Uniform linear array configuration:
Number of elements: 64
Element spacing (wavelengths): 0.25
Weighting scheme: hamming
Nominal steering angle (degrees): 60
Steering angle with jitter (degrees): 58.643
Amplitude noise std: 0.05
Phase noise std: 0.05

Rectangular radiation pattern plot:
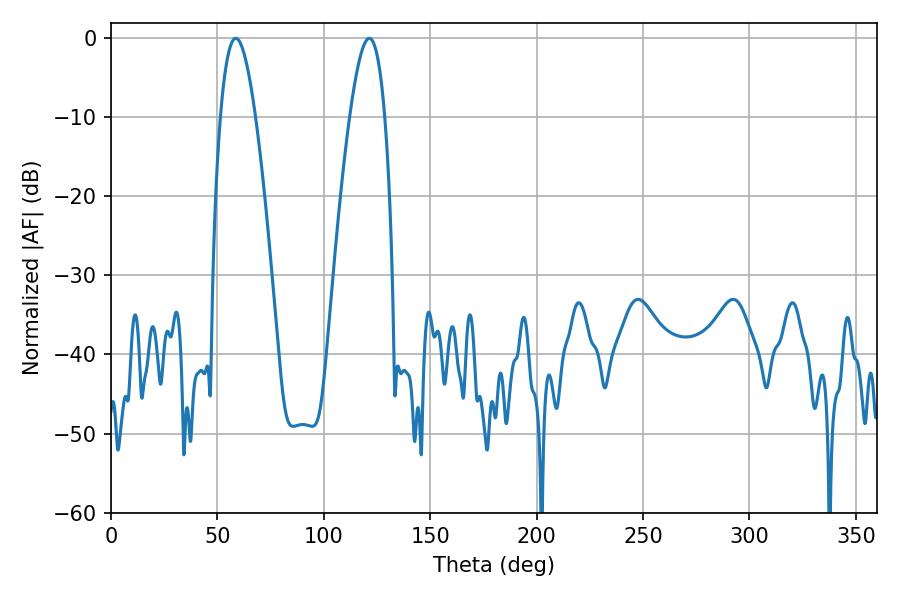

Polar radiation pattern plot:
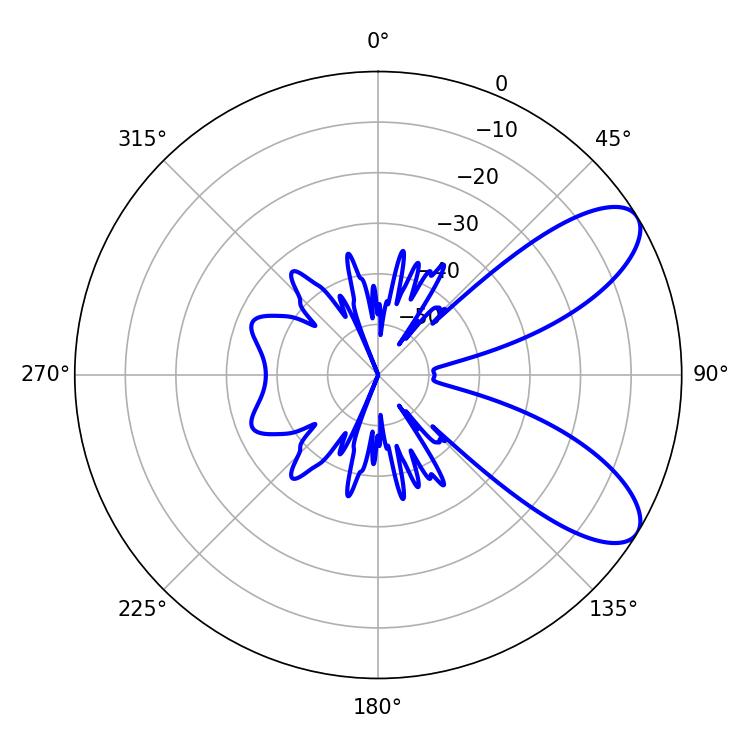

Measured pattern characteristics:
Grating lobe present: FALSE
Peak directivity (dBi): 8.38
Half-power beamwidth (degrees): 9
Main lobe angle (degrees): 58.68